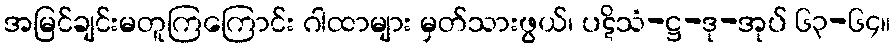
အမြင်ချင်းမတူကြကြောင်း ဂါထာများ မှတ်သားဖွယ်၊ ပဋိသံ-ဋ္ဌ-ဒု-အုပ် ၆၃-၆၄။